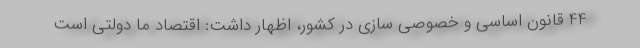
44 قانون اساسی و خصوصی سازی در کشور، اظهار داشت: اقتصاد ما دولتی است